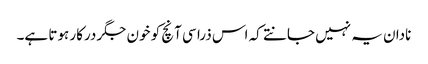
نادان یہ نہیں جانتے کہ اس ذرا سی آنچ کو خون جگر درکار ہوتا ہے۔